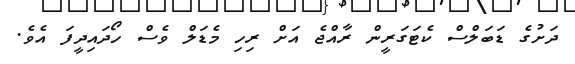
ދަށުގެ ޑަބަލްސް ކެޓަގަރީން ރާއްޖެ އަށް ރިހި މެޑަލް ވެސް ހޯދައިދީފަ އެވެ.